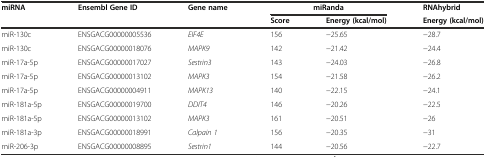
<table><thead><tr><td rowspan="2"><b>miRNA</b></td><td rowspan="2"><b>Ensembl Gene ID</b></td><td rowspan="2"><b>Gene name</b></td><td colspan="2"><b>miRanda</b></td><td><b>RNAhybrid</b></td></tr><tr><td><b>Score</b></td><td><b>Energy (kcal/mol)</b></td><td><b>Energy (kcal/mol)</b></td></tr></thead><tbody><tr><td>miR-130c</td><td>ENSGACG00000005536</td><td><i>EIF4E</i></td><td>156</td><td>-25.65</td><td>-28.7</td></tr><tr><td>miR-130c</td><td>ENSGACG00000018076</td><td><i>MAPK9</i></td><td>142</td><td>-21.42</td><td>-24.4</td></tr><tr><td>miR-17a-5p</td><td>ENSGACG00000017027</td><td><i>Sestrin3</i></td><td>143</td><td>-24.03</td><td>-26.8</td></tr><tr><td>miR-17a-5p</td><td>ENSGACG00000013102</td><td><i>MAPK3</i></td><td>154</td><td>-21.58</td><td>-26.2</td></tr><tr><td>miR-17a-5p</td><td>ENSGACG00000004911</td><td><i>MAPK13</i></td><td>140</td><td>-22.15</td><td>-24.1</td></tr><tr><td>miR-181a-5p</td><td>ENSGACG00000019700</td><td><i>DDIT4</i></td><td>146</td><td>-20.26</td><td>-22.5</td></tr><tr><td>miR-181a-5p</td><td>ENSGACG00000013102</td><td><i>MAPK3</i></td><td>161</td><td>-20.51</td><td>-26</td></tr><tr><td>miR-181a-3p</td><td>ENSGACG00000018991</td><td><i>Calpain 1</i></td><td>156</td><td>-20.35</td><td>-31</td></tr><tr><td>miR-206-3p</td><td>ENSGACG00000008895</td><td><i>Sestrin1</i></td><td>144</td><td>-20.56</td><td>-22.7</td></tr></tbody></table>